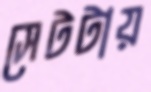
সেটটায়